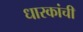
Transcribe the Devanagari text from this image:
धारकांची